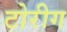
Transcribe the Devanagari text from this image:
टोरीग